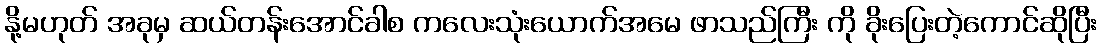
နို့မဟုတ် အခုမှ ဆယ်တန်းအောင်ခါစ ကလေးသုံးယောက်အမေ ဖာသည်ကြီး ကို ခိုးပြေးတဲ့ကောင်ဆိုပြီး